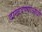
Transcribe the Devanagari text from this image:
दाखवण्याआधी